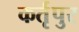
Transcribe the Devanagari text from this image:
कर्तृपुर